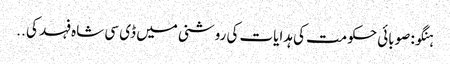
ہنگو: صوبائی حکومت کی ہدایات کی روشنی میں ڈی سی شاہ فہد کی ..